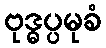
ဗုဒ္ဓပ္ပမုခံ